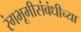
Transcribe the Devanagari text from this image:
रंगभूमीसंबंधीच्या